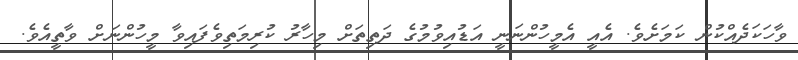
ވާހަކަދެއްކުން ކަމަށެވެ. އެއީ އެމީހުންނަނީ އަޑުއިވުމުގެ ދަތިތަށް މިހާރު ކުރިމަތިވެފައިވާ މީހުންނަށް ވާތީއެވެ.